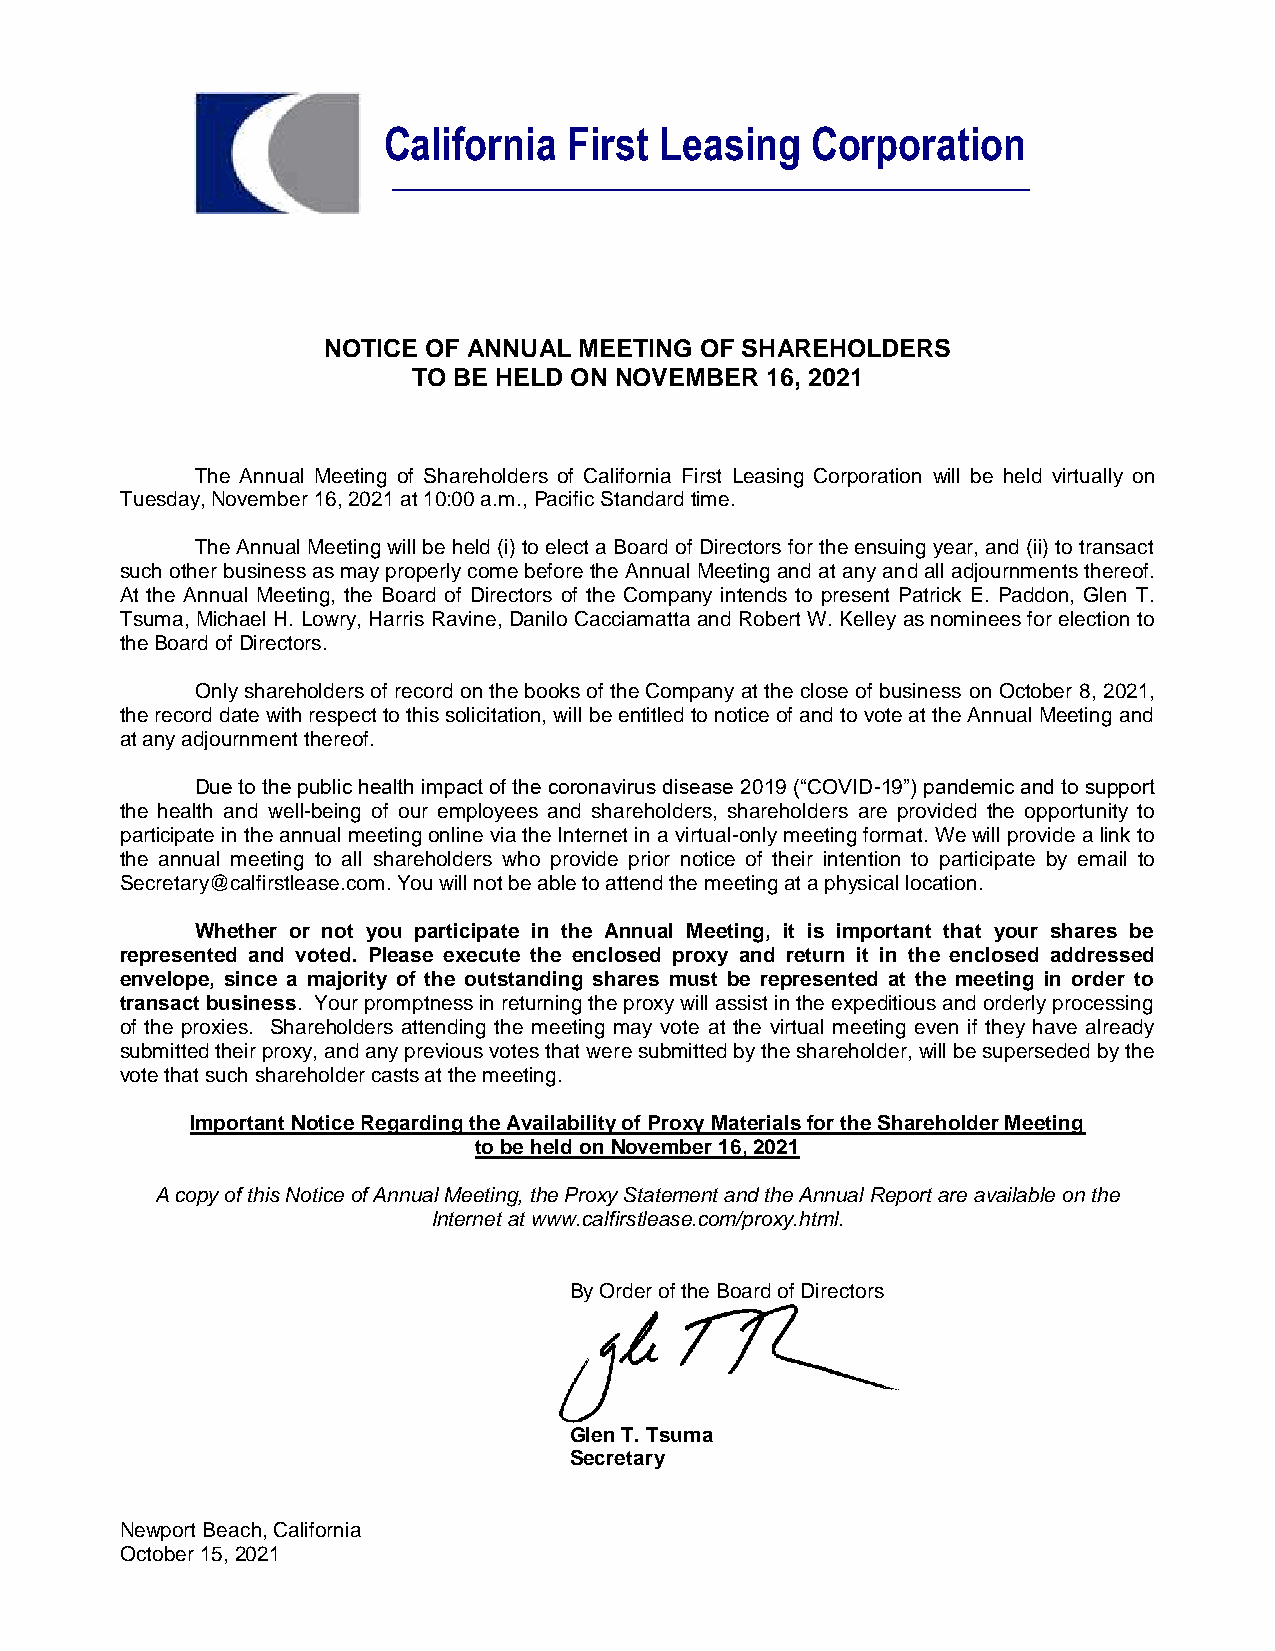
California   First Leasing   Corporation
 ‗‗‗‗‗‗‗‗‗‗‗‗‗‗‗‗‗‗‗‗‗‗‗‗‗‗‗‗‗‗‗‗‗‗‗‗‗‗‗‗‗‗‗‗‗‗‗‗‗‗‗‗‗‗‗‗‗‗‗‗‗‗‗‗‗‗‗‗
 NOTICE OF ANNUAL MEETING OF SHAREHOLDERS
 TO BE HELD ON NOVEMBER  16, 2021
 The Annual Meeting of Shareholders of California First Leasing Corporation will be held virtually on
 Tuesday, November 16, 2021 at 10:00 a.m., Pacific Standard time.
 The Annual Meeting will be held (i) to elect a Board of Directors for the ensuing year, and (ii) to transact
 such other business as may properly come before the Annual Meeting and at any and all adjournments thereof.
 At the Annual Meeting, the Board of Directors of the Company intends to present Patrick E. Paddon, Glen T.
 Tsuma, Michael H. Lowry, Harris Ravine, Danilo Cacciamatta and Robert W. Kelley as nominees for election to
 the Board of Directors.
 Only shareholders of record on the books of the Company at the close of business on October 8, 2021,
 the record date with respect to this solicitation, will be entitled to notice of and to vote at the Annual Meeting and
 at any adjournment thereof.
 Due to the public health impact of the coronavirus disease 2019 (“COVID-19”) pandemic and to support
 the health and well-being of our employees and shareholders, shareholders are provided the opportunity to
 participate in the annual meeting online via the Internet in a virtual-only meeting format. We will provide a link to
 the annual meeting to all shareholders who provide prior notice of their intention to participate by email to
 Secretary@calfirstlease.com. You will not be able to attend the meeting at a physical location.
 Whether or not you participate in the Annual Meeting, it is important that your shares be
 represented and voted. Please execute the enclosed proxy and return it in the enclosed addressed
 envelope, since a majority of the outstanding shares must be represented at the meeting in order to
 transact business. Your promptness in returning the proxy will assist in the expeditious and orderly processing
 of the proxies. Shareholders attending the meeting may vote at the virtual meeting even if they have already
 submitted their proxy, and any previous votes that were submitted by the shareholder, will be superseded by the
 vote that such shareholder casts at the meeting.
 Important Notice Regarding the Availability of Proxy Materials for the Shareholder Meeting
 to be held on November 16, 2021
 A copy of this Notice of Annual Meeting, the Proxy Statement and the Annual Report are available on the
 Internet at www.calfirstlease.com/proxy.html.
 By Order of the Board of Directors
 Glen T. Tsuma
 Secretary
 Newport Beach, California
 October 15, 2021